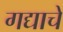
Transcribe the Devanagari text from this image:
गद्याचे